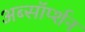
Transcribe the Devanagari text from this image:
अब्सॉर्प्शन